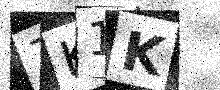
Text: 3K1K